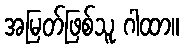
အမြတ်ဖြစ်သူ ဂါထာ။